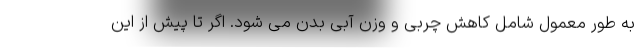
به طور معمول شامل کاهش چربی و وزن آبی بدن می شود. اگر تا پیش از این